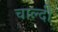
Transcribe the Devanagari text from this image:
चाल्दी